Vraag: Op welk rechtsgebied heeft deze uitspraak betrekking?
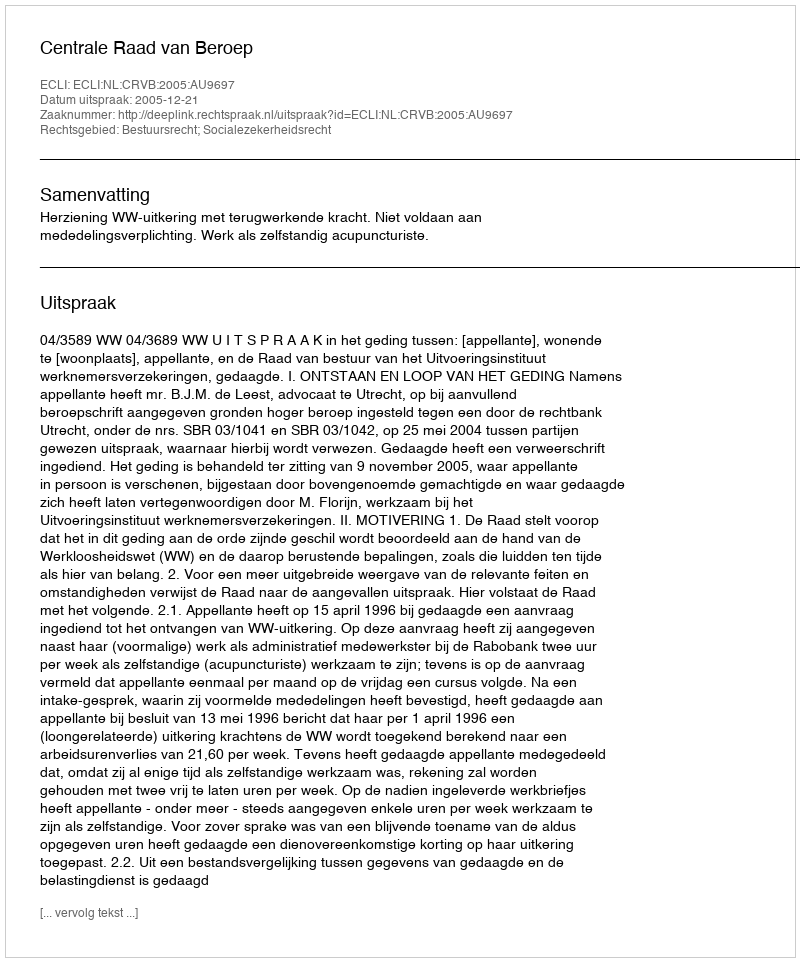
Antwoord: Bestuursrecht; Socialezekerheidsrecht